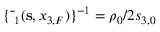
\{ \tilde { \bf \Delta } _ { 1 } ( { { \bf s } } , x _ { 3 , F } ) \} ^ { - 1 } = { \rho _ { 0 } } / { 2 s _ { 3 , 0 } }